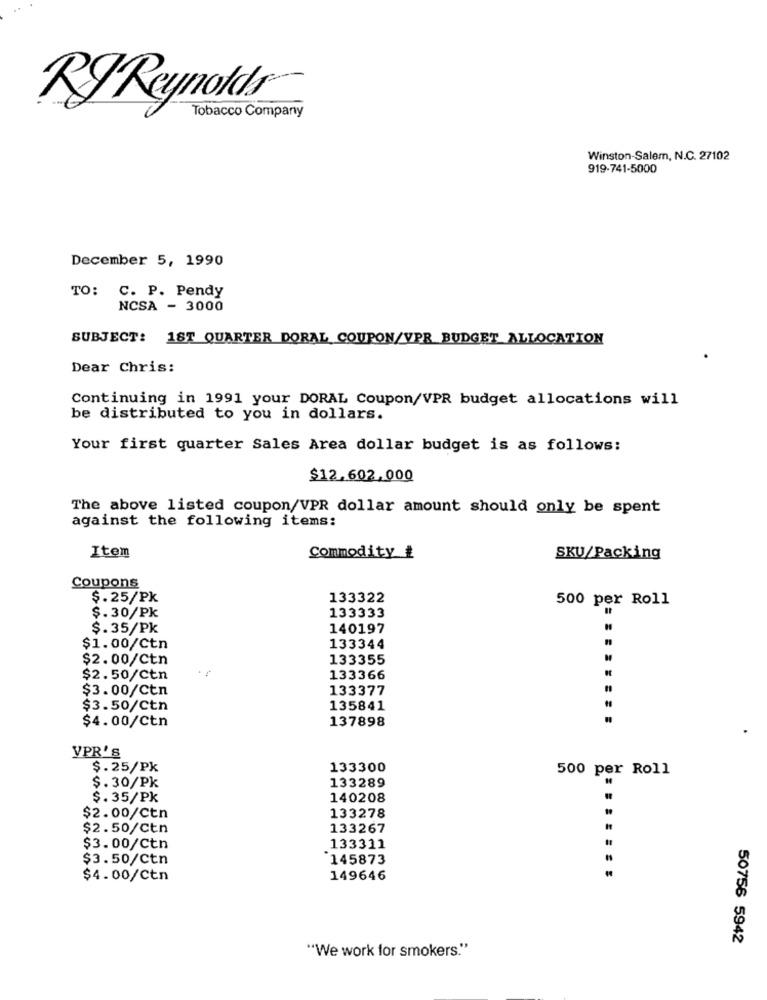
RIReynolds-
Tobacco Company
Winston-Salem, N.C. 27102
919-741-5000
December 5, 1990
TO: C. P. Pendy
NCSA - 3000
SUBJECT: 1ST QUARTER DORAL COUPON/VPR BUDGET ALLOCATION
Dear Chris:
Continuing in 1991 your DORAL Coupon/VPR budget allocations will
be distributed to you in dollars.
Your first quarter Sales Area dollar budget is as follows:
$12.602.000
The above listed coupon/VPR dollar amount should only be spent
against the following items:
Item
Commodity #
SKU/Packing
Coupons
$.25/Pk
133322
500 per Roll
$.30/Pk
133333
$.35/Pk
140197
$1.00/Ctn
133344
$2.00/Ctn
133355
$2.50/ctn
133366
$3.00/Ctn
133377
$3.50/ctn
135841
$4.00/Ctn
137898
VPR'S
$.25/Pk
133300
500 per Roll
$.30/Pk
133289
$.35/Pk
140208
133278
$2.00/ctn
$2.50/Ctn
133267
$3.00/Ctn
133311
$3.50/Ctn
145873
$4.00/Ctn
149646
.......
50756 5942
"We work for smokers."